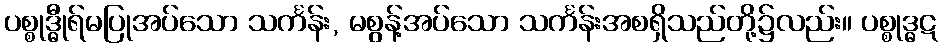
ပစ္စုဒ္ဓီုရ်မပြုအပ်သော သင်္ကန်း, မစွန့်အပ်သော သင်္ကန်းအစရှိသည်တို့၌လည်း။ ပစ္စုဒ္ဓဋ